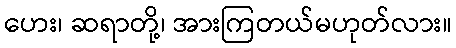
ဟေး၊ ဆရာတို့၊ အားကြတယ်မဟုတ်လား။